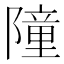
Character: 𮥤